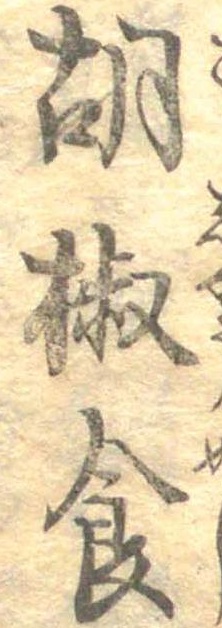
胡椒食